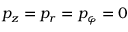
p _ { z } = p _ { r } = p _ { \varphi } = 0